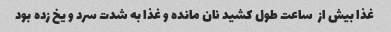
غذا بیش از  ساعت طول کشید نان مانده و غذا به شدت سرد و یخ زده بود